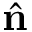
\hat { \bf n }